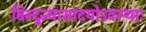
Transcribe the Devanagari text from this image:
बिन्दुन्यासादयोऽवस्थाः